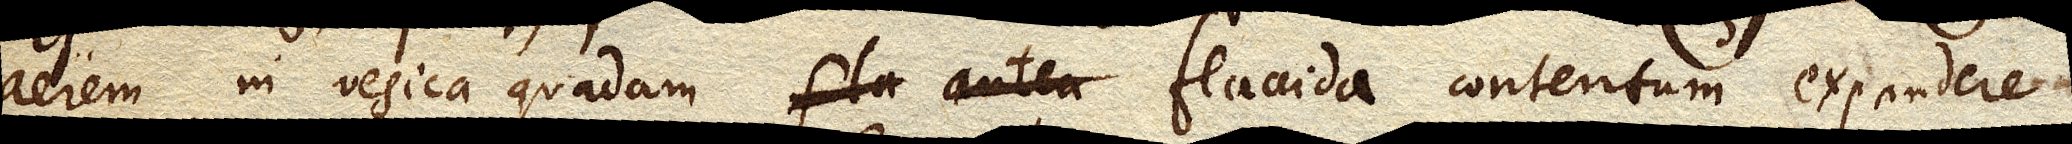
aerem in vesica quadam flaccida contentum expandere